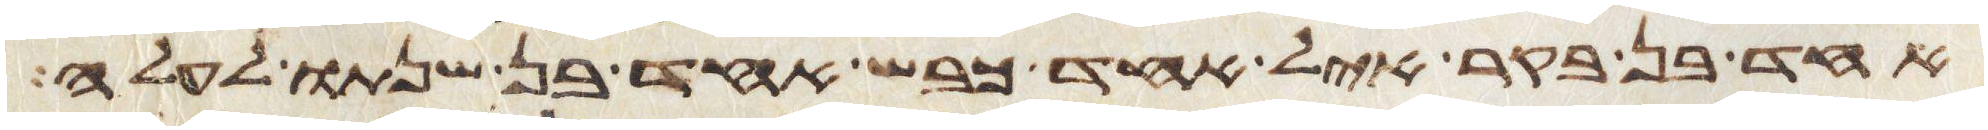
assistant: אחד בן בקר איל אחד כבש אחד בן שנתו לעלה